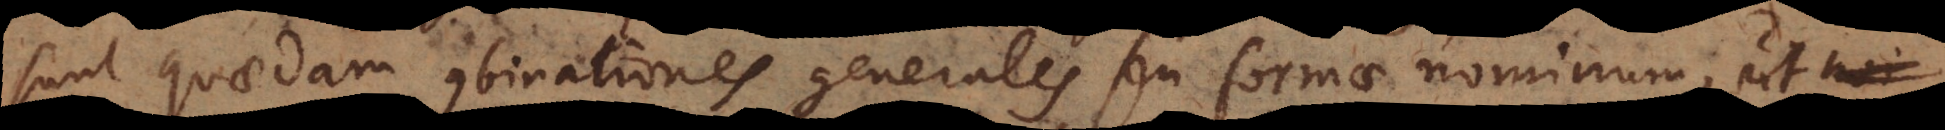
sunt quaedam combinationes generales seu formae nominum, ut